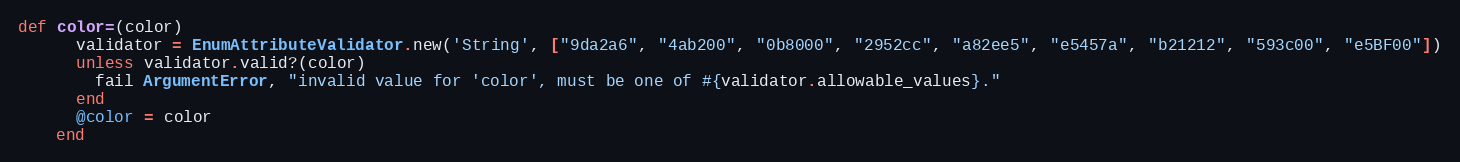
Language: Ruby
def color=(color)
      validator = EnumAttributeValidator.new('String', ["9da2a6", "4ab200", "0b8000", "2952cc", "a82ee5", "e5457a", "b21212", "593c00", "e5BF00"])
      unless validator.valid?(color)
        fail ArgumentError, "invalid value for 'color', must be one of #{validator.allowable_values}."
      end
      @color = color
    end